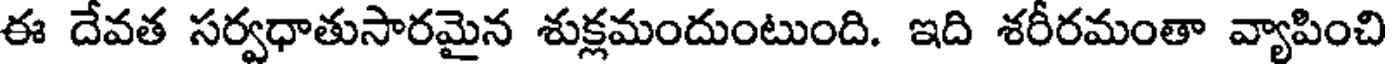
ఈ దేవత సర్వధాతుసారమైన శుక్లమందుంటుంది. ఇది శరీరమంతా వ్యాపించి